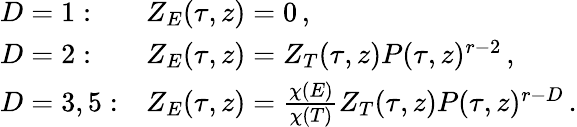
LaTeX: \begin{array}{ll}{{D=1:}}&{{Z_{E}(\tau,z)=0\, ,}}\\ {{D=2:}}&{{Z_{E}(\tau,z)=Z_{T}(\tau,z)P(\tau,z)^{r-2}\, ,}}\\ {{D=3,5:}}&{{Z_{E}(\tau,z)=\frac{\chi(E)}{\chi(T)}Z_{T}(\tau,z)P(\tau,z)^{r-D}\, .}}\end{array}